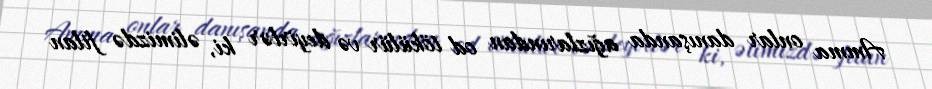
Amma onlar danışanda ağızlarından od tökülür və deyirlər ki, əlimizdə filan